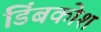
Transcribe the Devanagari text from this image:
डिंबकोश